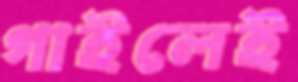
গাইলেই